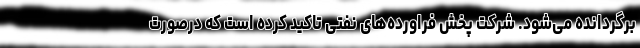
برگردانده می‌شود. شرکت پخش فراورده‌های نفتی تاکید کرده است که درصورت